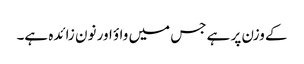
کے وزن پر ہے جس میں واؤ اور نون زائدہ ہے۔